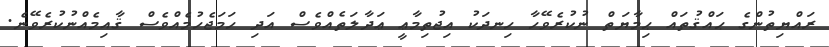
ރައްޔިތުންގެ ޙައްޤުތައް ޙިމާޔަތް ނުކުރެވޭހާ ހިނދަކު އިޖުތިމާޢީ ޢަދާލަތެއްވެސް އަދި ހަމަޖެހުމެއްވެސް ޤާއިމެއްނުކުރެވޭނެ.